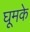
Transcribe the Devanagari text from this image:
घूमके